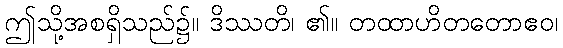
ဤသို့အစရှိသည်၌။ ဒိဿတိ၊ ၏။ တထာဟိတတောဧဝ၊